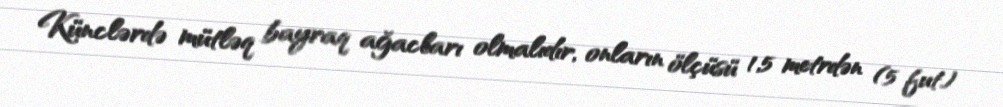
Künclərdə mütləq bayraq ağacları olmalıdır, onların ölçüsü 1,5 metrdən (5 fut)